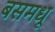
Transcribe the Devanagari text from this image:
बसमधू